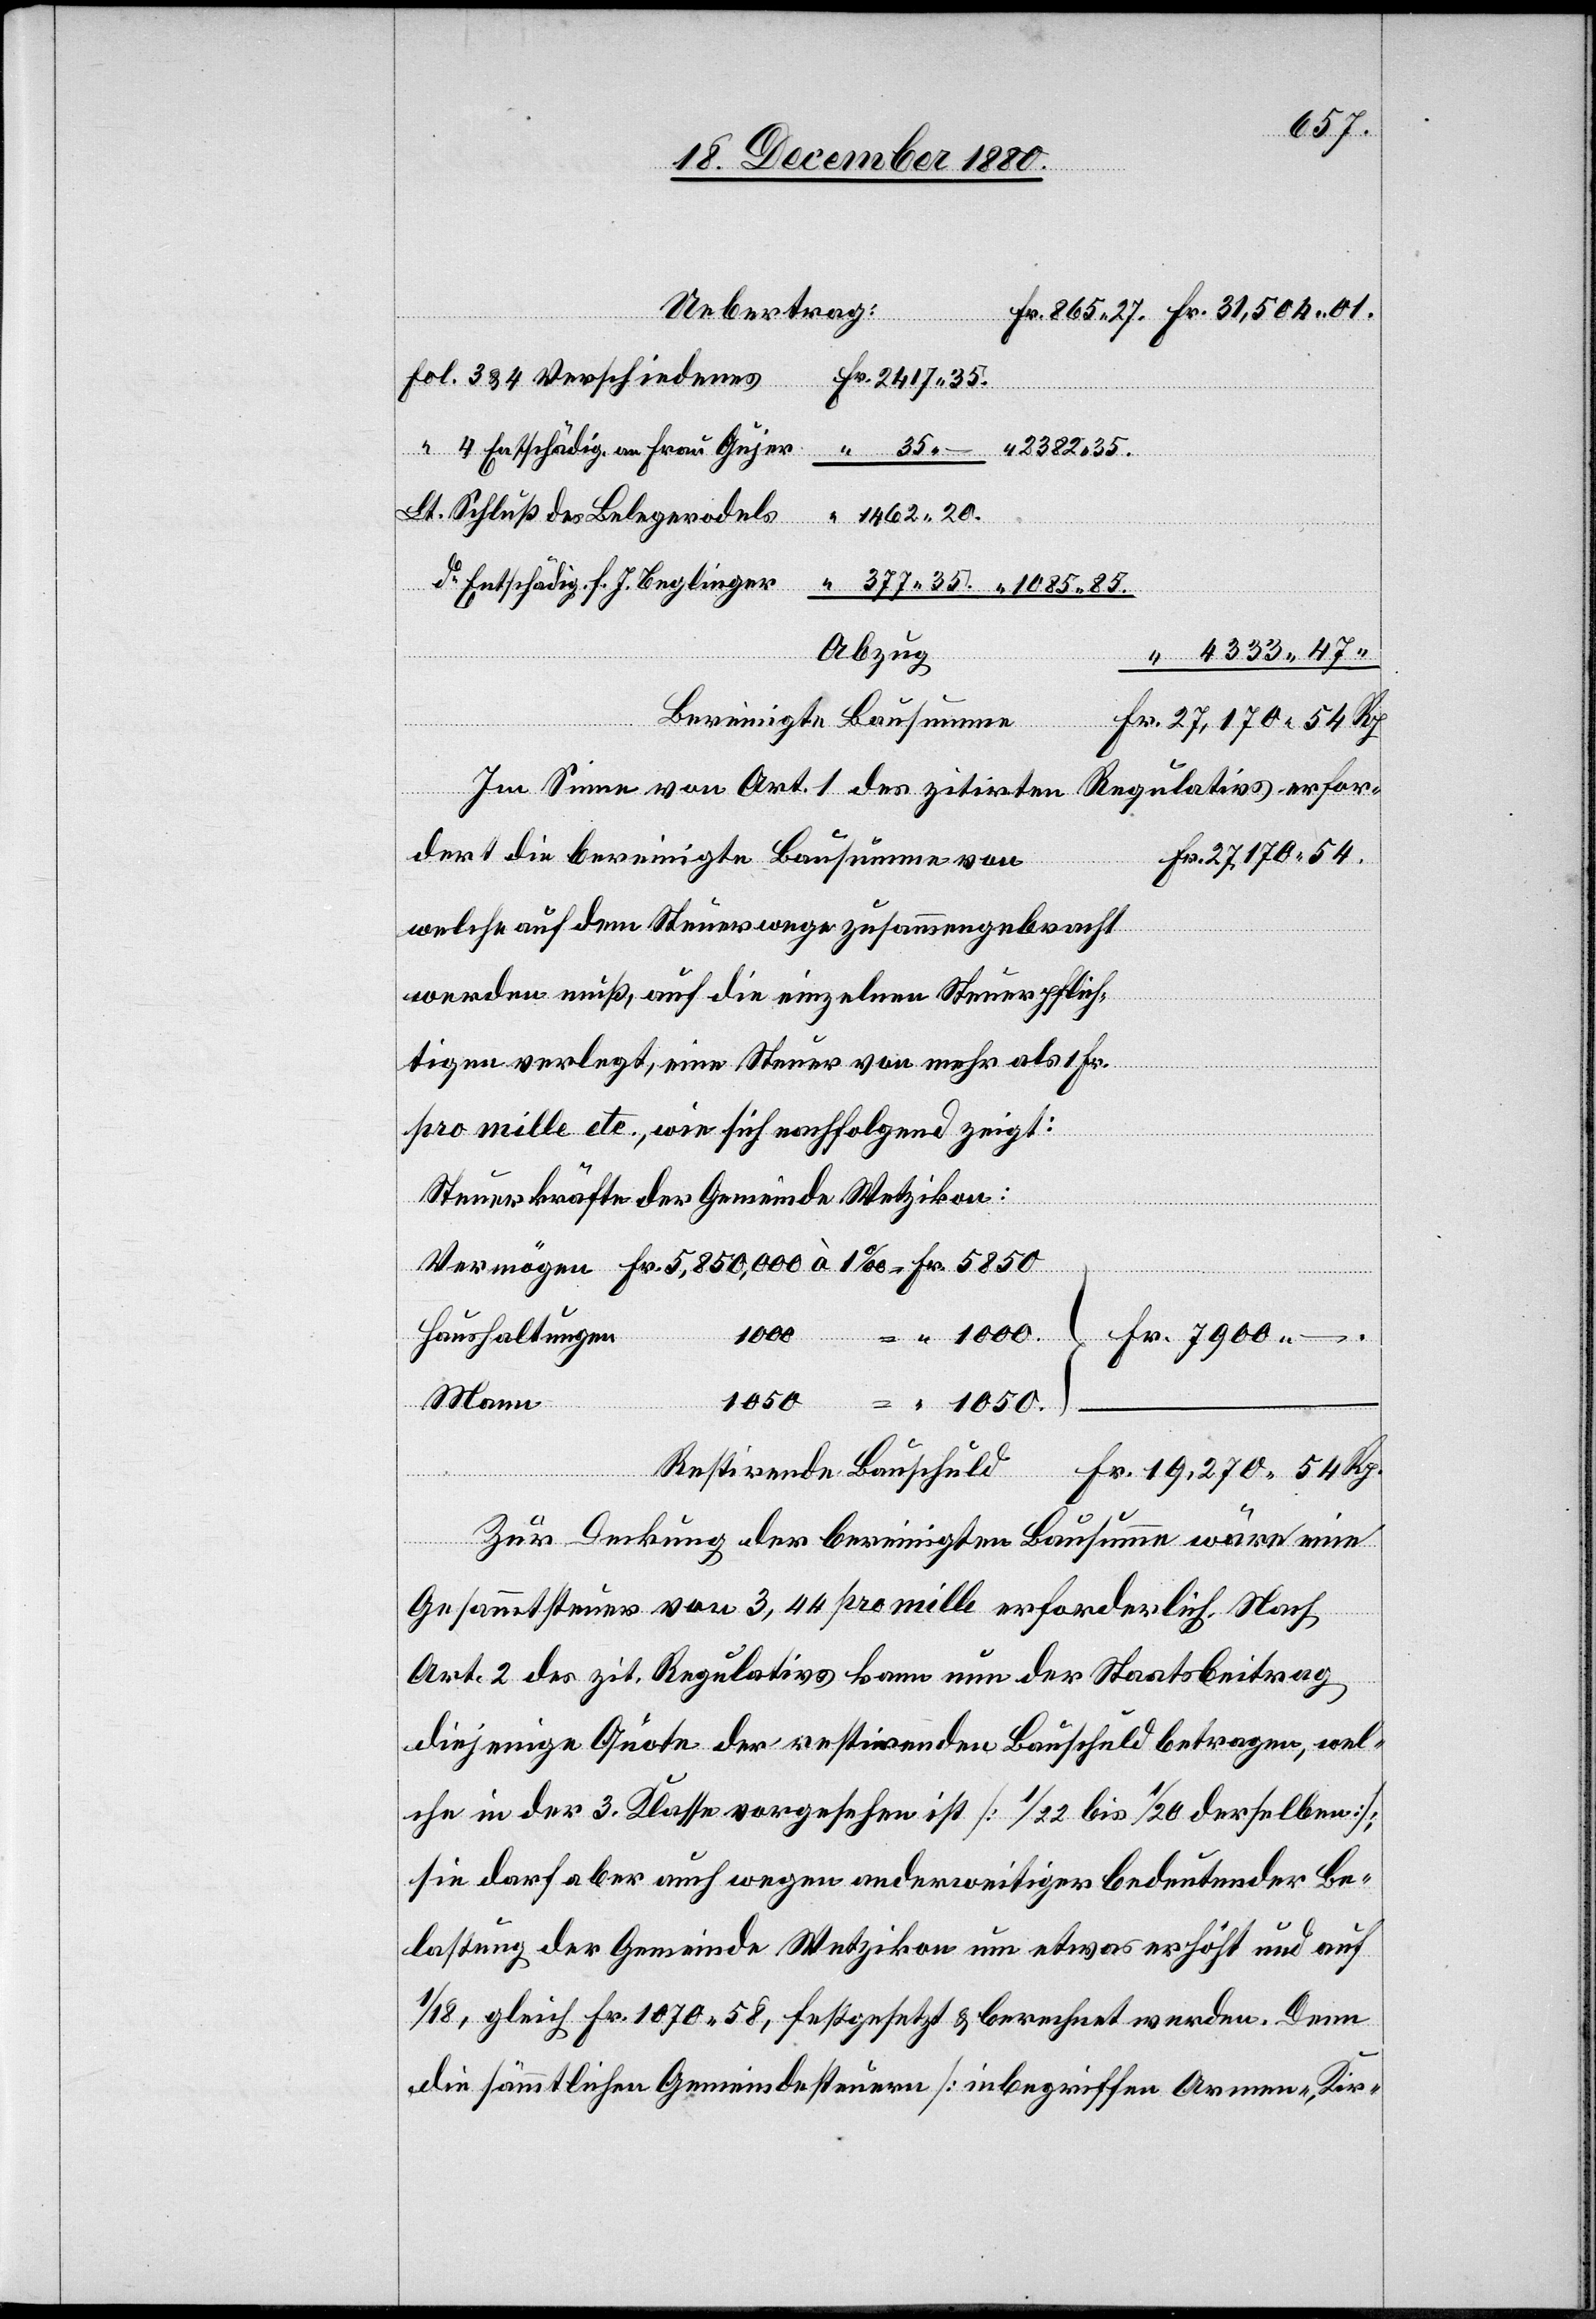
Rp.
Entschädig. an Frau Gujer
Lt. Schluß des Belegrodels
do Entschädig. f. J. Beglinger
4333 47
Bereinigte Bausumme
54
27,170 54 Rp.
Im Sinne von Art. 1 des zitirten Regulativs erfor¬
dert die bereinigte Bausumme von
welche auf dem Steuerwege zusammengebracht
werden muß, auf die einzelnen Steuerpflich¬
Ueb¬
tigen verlegt, eine Steuer von mehr als 1 Fr.
pro mille etc., wie sich nachfolgend zeigt:
Steuerkräfte der Gemeinde Wetzikon:
Haushaltungen
1050.
Mann
Restirende Bauschuld
Vermögen
Zur Deckung der bereinigten Bausumme wäre eine
Gesammtsteuer von 3,44 pro mille erforderlich. Nach
Art. 2 des zit. Regulativs kann nun der Staatsbeitrag
diejenige Quote der restirenden Bauschuld betragen, wel¬
che in der 3. Klasse vorgesehen ist [1/22 bis 1/20 derselben];
sie darf aber auch wegen anderweitiger bedeutender Be¬
lastung der Gemeinde Wetzikon um etwas erhöht und auf
1/18, gleich Fr. 1070 58, festgesetzt & berechnet werden. Denn
die sämmtlichen Gemeindesteuern [inbegriffen Armen-, Kir-